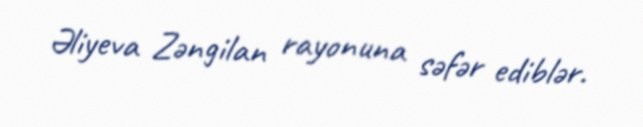
Əliyeva Zəngilan rayonuna səfər ediblər.